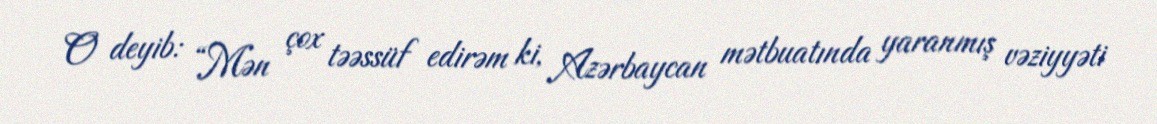
O deyib: “Mən çox təəssüf edirəm ki, Azərbaycan mətbuatında yaranmış vəziyyəti